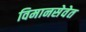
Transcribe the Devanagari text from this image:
विमानसेवेत